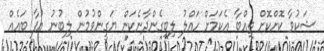
ޝަކުވާ ކޮށްކޮށް ތިއްބާ އެކަމަށް ހައްލު ލިބިގެންދާނެކަން ޔަގީންވުމުން ލިބުނު އުފާ ބައެއް